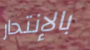
بالإنتحار